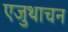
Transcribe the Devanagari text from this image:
एजुथाचन